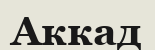
Аккад